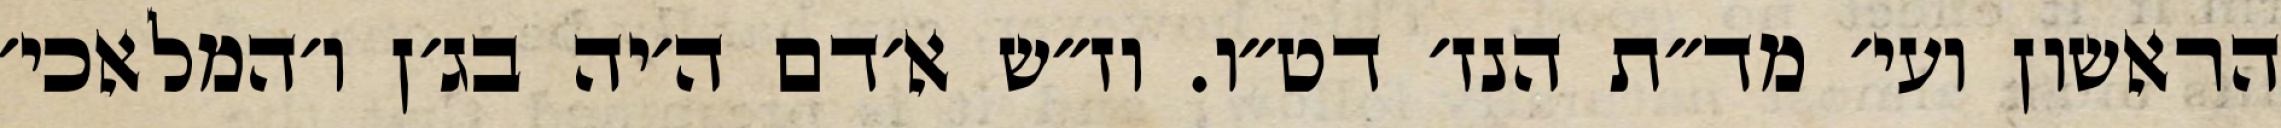
הראשון ועי׳ מד״ת הנז׳ דט״ו. וז״ש א׳דם ה׳יה בג׳ן ו׳המלאכי׳